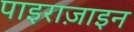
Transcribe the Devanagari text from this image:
पाइराज़ाइन